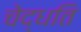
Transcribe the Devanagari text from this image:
चेद्धति